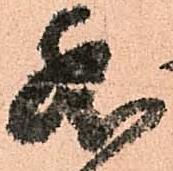
然